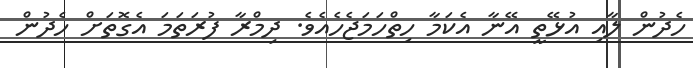
ހެދުން ލާއި އުޅޭތީ އޭނާ އެކަމާ ހިތްހަމަޖެހެއެވެ. ދިމްރާ ފުރަތަމަ އެގޮތަށް ހެދުން